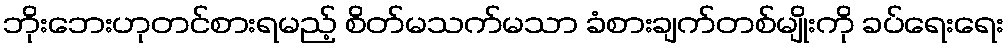
ဘိုးဘေးဟုတင်စားရမည့် စိတ်မသက်မသာ ခံစားချက်တစ်မျိုးကို ခပ်ရေးရေး